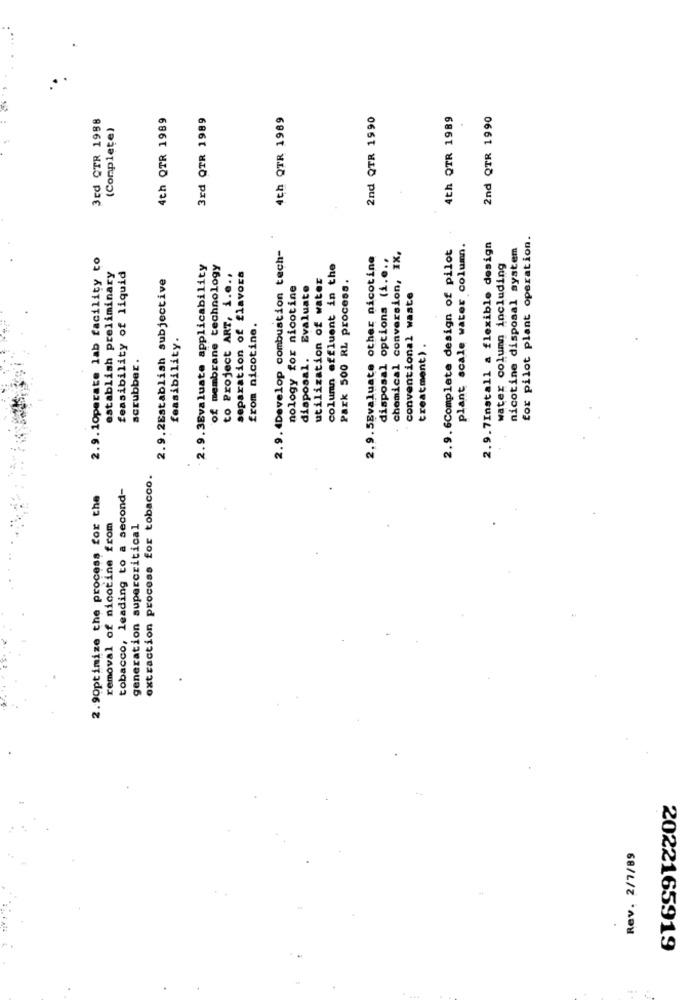
3Ed OTR 1988
4th QTR 1989
3rd QTR 1989
4th QTR 1989
2nd QTR 1990
4th QTR 1989
2nd QTR 1990
(Complete)
2.9.7Install a flexible design
for pilot plant operation.
2.9. 4Develop combustion tech-
2.9.6Complete design of pilot
plant scale water column.
nicotine disposal system
2.9.1Operate lab facility to
2.9.5Evaluate other nicotine
disposal options (i ....
chemical conversion, IX,
2.9.3Evaluate applicability
of membrane technology
column effluent in the
water column including
establish preliminary
feasibility of liquid
2.9.2Establish subjective
to Project ART, i ....
separation of flavors
utilization of water
Park 500 RL process.
nology for nicotine
disposal. Evaluate
conventional waste
from nicotine,
feasibility.
treatment).
scrubber.
extraction process for tobacco.
tobacco, leading to a second-
2.9Optimize the process for the
removal of nicotine from
generation supercritical
Rev. 2/7/89
2022165919